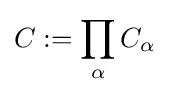
C:=\prod _{\alpha }C_{\alpha }